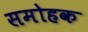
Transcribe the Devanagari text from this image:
समोहक